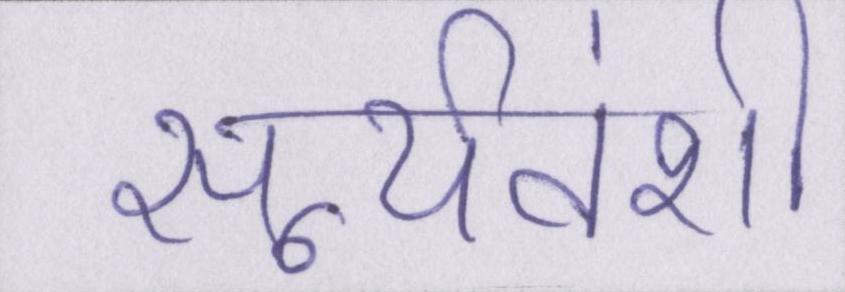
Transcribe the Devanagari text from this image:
सूर्यवंशी